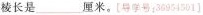
棱长是_______厘米。[导学号：36954561]